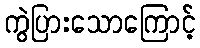
ကွဲပြားသောကြောင့်